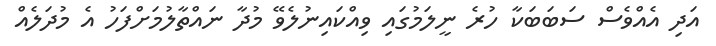
އަދި އެއްވެސް ސަބަބަކާ ހުރެ ނީލަމުގައި ވިއްކައިނުލެވޭ މުދާ ނައްތާލުމަށްފަހު އެ މުދަލެއް